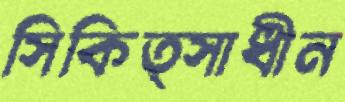
সিকিত্সাধীন